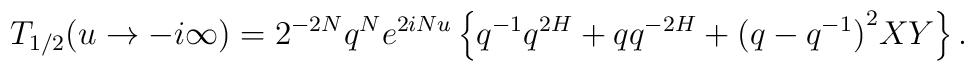
T_{1/2}(u \rightarrow -i \infty) = 2^{-2N} q^{N} e^{2iNu} \left\{q^{-1}q^{2H}+q q^{-2H}+ {(q-q^{-1})}^2 X Y \right\}.